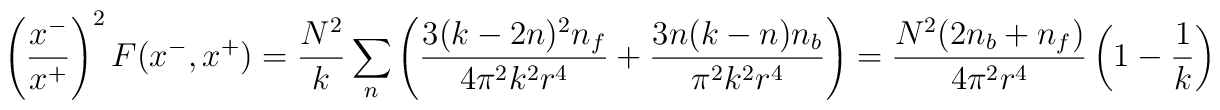
\left({x^- \over x^+ }\right)^2 F(x^-,x^+) ={N^2 \over k} \sum_n \left( {3 (k-2 n)^2 n_f \over 4 \pi^2 k^2 r^4}+ {3 n (k-n) n_b \over  \pi^2 k^2 r^4}\right) = {N^2(2 n_b + n_f) \over 4\pi^2 r^4}\left(1 - {1 \over k}\right)